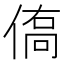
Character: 𬾿